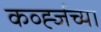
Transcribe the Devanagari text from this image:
कर्व्ह्जच्या